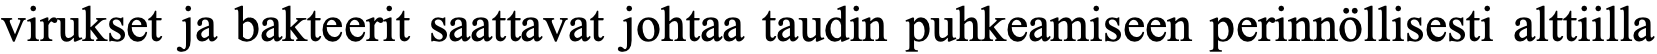
virukset ja bakteerit saattavat johtaa taudin puhkeamiseen perinnöllisesti alttiilla